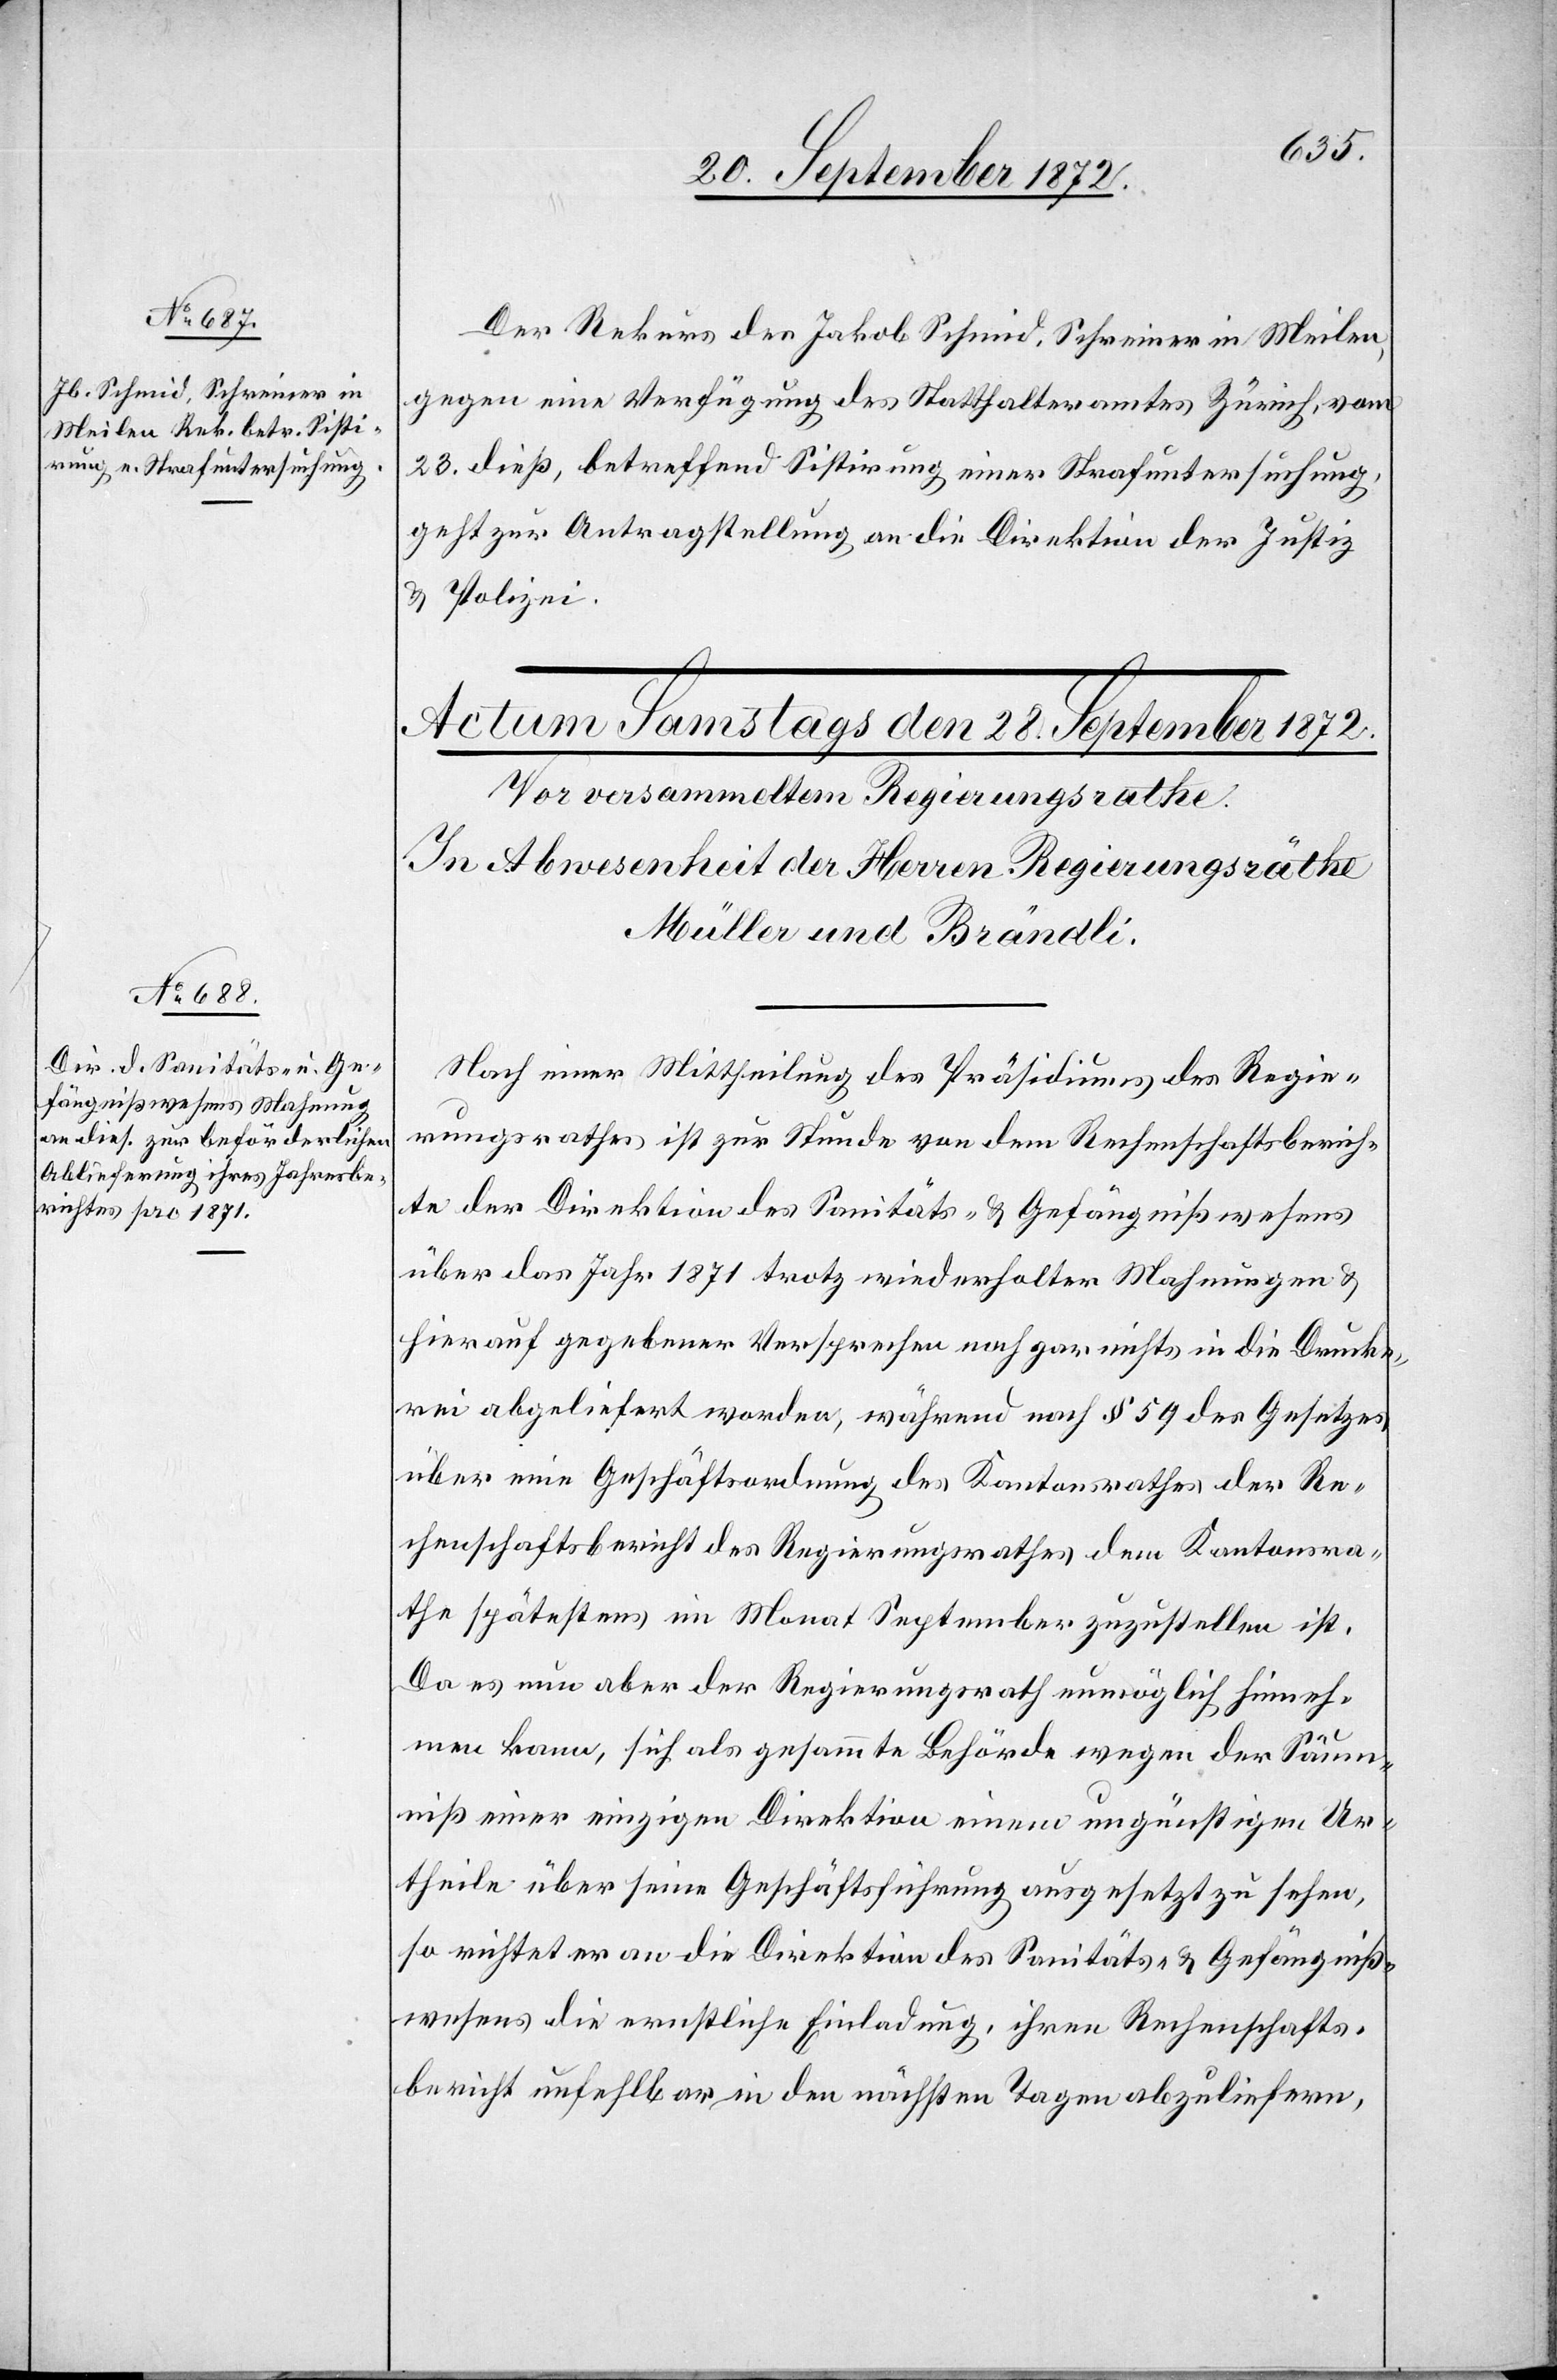
27. September 1872.]
Der Rekurs des Jakob Schmid, Schreiner in Meilen,
gegen eine Verfügung des Statthalteramtes Zürich, vom
23. dieß, betreffend Sistirung einer Strafuntersuchung,
geht zur Antragstellung an die Direktion der Justiz
u. Polizei.
Nach einer Mittheilung des Präsidiums des Regie¬
rungsrathes ist zur Stunde von dem Rechenschaftsberich¬
te der Direktion des Sanitäts- u. Gefängnißwesens
über das Jahr 1871 trotz wiederholter Mahnungen u.
hierauf gegebener Versprechen noch gar nichts in die Drucke¬
rei abgeliefert worden, während nach § 59 des Gesetzes
über eine Geschäftsordnung des Kantonsrathes der Re¬
chenschaftsbericht des Regierungsrathes dem Kantonsra¬
the spätestens im Monat September zuzustellen ist.
Da es nun aber der Regierungsrath unmöglich hinneh¬
men kann, sich als gesammte Behörde wegen der Säum¬
niß einer einzigen Direktion einem ungünstigen Ur¬
theile über seine Geschäftsführung ausgesetzt zu sehen,
so richtet er an die Direktion des Sanitäts- u. Gefängniß¬
wesens die ernstliche Einladung, ihren Rechenschafts¬
bericht unfehlbar in den nächsten Tagen abzuliefern,